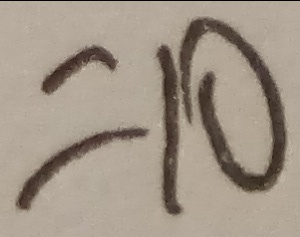
= 1 0